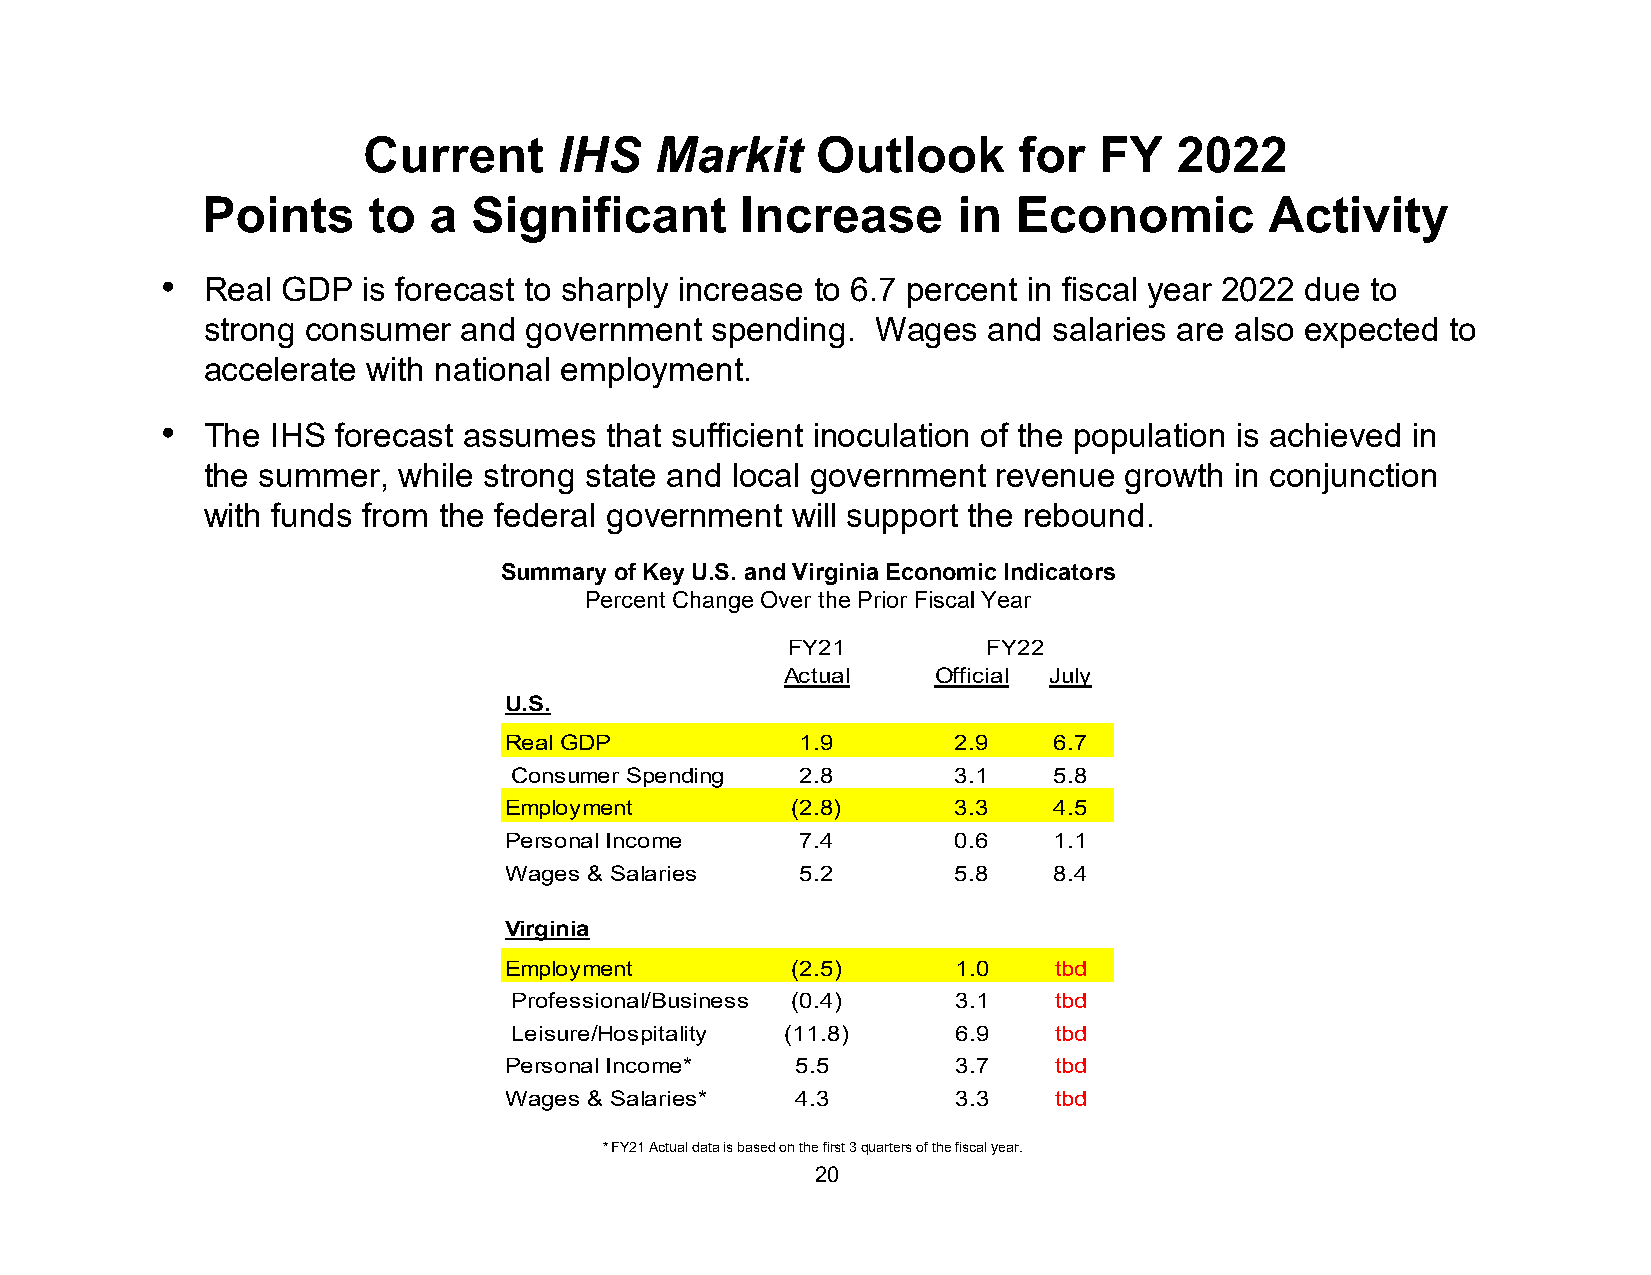
Current      IHS   Markit     Outlook      for   FY   2022
 Points     to  a  Significant       Increase      in  Economic         Activity
 • Real  GDP  is forecast to sharply increase to 6.7 percent in fiscal year 2022 due to
 strong consumer   and government  spending.  Wages  and  salaries are also expected to
 accelerate with national employment.
 • The  IHS forecast assumes  that sufficient inoculation of the population is achieved in
 the summer,  while strong state and local government revenue growth  in conjunction
 with funds from the federal government will support the rebound.
 Summary of Key U.S. and Virginia Economic Indicators
 Percent Change Over the Prior Fiscal Year
 FY21         FY22
 Actual    Official July
 U.S.
 Real GDP            1.9       2.9    6.7
 Consumer Spending  2.8       3.1    5.8
 Employment         (2.8)      3.3    4.5
 Personal Income     7.4       0.6    1.1
 Wages & Salaries    5.2       5.8    8.4
 Virginia
 Employment         (2.5)      1.0    tbd
 Professional/Business (0.4)  3.1    tbd
 Leisure/Hospitality (11.8)   6.9    tbd
 Personal Income*    5.5       3.7    tbd
 Wages & Salaries*   4.3       3.3    tbd
 * FY21 Actual data is based on the first 3 quarters of the fiscal year.
 20